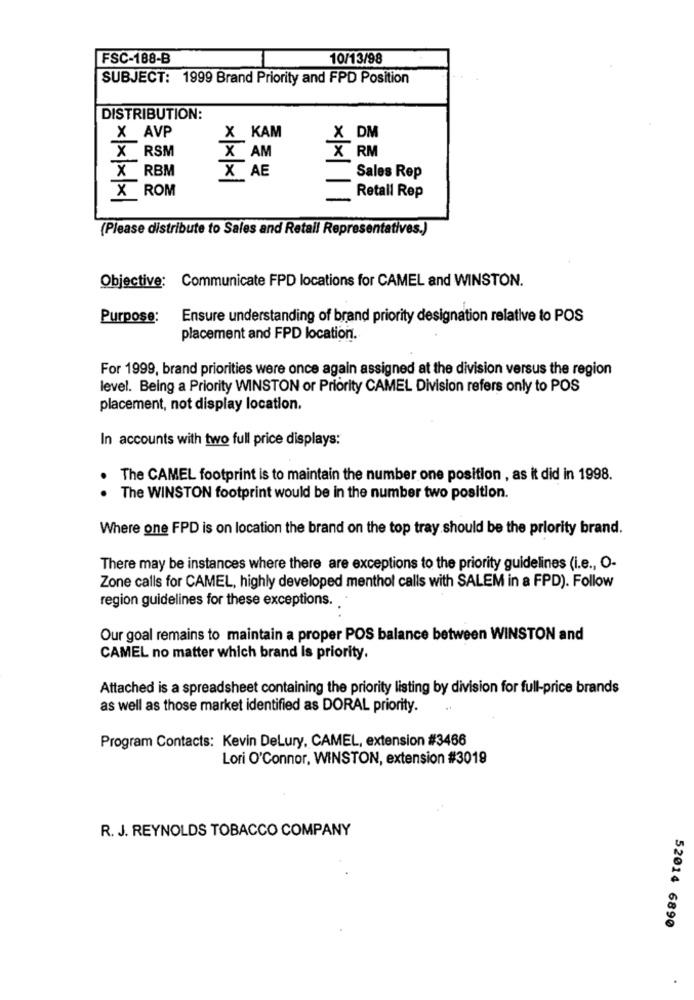
FSC-188-B
10/13/98
SUBJECT: 1999 Brand Priority and FPD Position
DISTRIBUTION:
X KAM
X AVP
X DM
X RSM
X AM
X RM
X RBM
X AE
Sales Rep
X ROM
Retail Rep
(Please distribute to Sales and Retail Representatives.)
Objective: Communicate FPD locations for CAMEL and WINSTON.
Purpose:
Ensure understanding of brand priority designation relative to POS
placement and FPD location.
For 1999, brand priorities were once again assigned at the division versus the region
level. Being a Priority WINSTON or Priority CAMEL Division refers only to POS
placement, not display location.
In accounts with two full price displays:
The CAMEL footprint is to maintain the number one position , as it did in 1998.
.
The WINSTON footprint would be in the number two position.
Where one FPD is on location the brand on the top tray should be the priority brand.
There may be instances where there are exceptions to the priority guidelines (i.e ., O-
Zone calls for CAMEL, highly developed menthol calls with SALEM in a FPD). Follow
region guidelines for these exceptions.
Our goal remains to maintain a proper POS balance between WINSTON and
CAMEL no matter which brand Is priority.
Attached is a spreadsheet containing the priority listing by division for full-price brands
as well as those market identified as DORAL priority.
Program Contacts: Kevin Delury, CAMEL, extension #3466
Lori O'Connor, WINSTON, extension #3019
R. J. REYNOLDS TOBACCO COMPANY
52014 6890